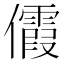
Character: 𪝺